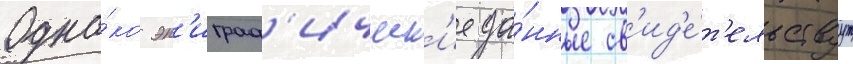
Одна́ко эп'играф'ическ'ие да́нные св'ид'е́т'ельствуут